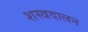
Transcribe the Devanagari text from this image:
शस्त्रदालन